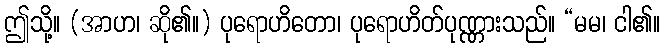
ဤသို့။ (အာဟ၊ ဆို၏။) ပုရောဟိတော၊ ပုရောဟိတ်ပုဏ္ဏားသည်။ “မမ၊ ငါ၏။